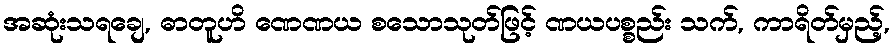
အဆုံးသရချေ, ဓာတူဟိ ဏေဏယ စသောသုတ်ဖြင့် ဏယပစ္စည်း သက်, ကာရိတ်မှည့်,